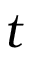
t